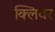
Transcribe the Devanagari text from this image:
क्लिवर